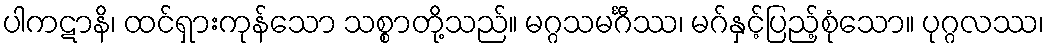
ပါကဋာနိ၊ ထင်ရှားကုန်သော သစ္စာတို့သည်။ မဂ္ဂသမင်္ဂီဿ၊ မဂ်နှင့်ပြည့်စုံသော။ ပုဂ္ဂလဿ၊